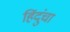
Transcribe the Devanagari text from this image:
हिंदुंचा